Source: Handwritten
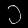
Digit: ၁ (1)